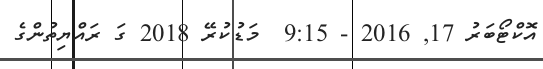
އޮކްޓޯބަރު 17